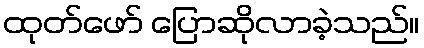
ထုတ်ဖော် ပြောဆိုလာခဲ့သည်။